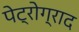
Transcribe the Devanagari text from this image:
पेट्रोग्राद